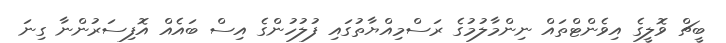
ބީޗް ވޮލީގެ އިވެންޓްތައް ނިންމާލުމުގެ ރަސްމިއްޔާތުގައި ފުލުހުންގެ އިސް ބައެއް އޮފިސަރުންނާ ގިނަ